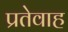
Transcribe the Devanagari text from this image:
प्रतेवाह